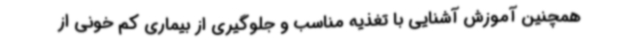
همچنین آموزش آشنایی با تغذیه مناسب و جلوگیری از بیماری کم خونی از